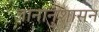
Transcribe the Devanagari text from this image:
ज्ञानानुशासन